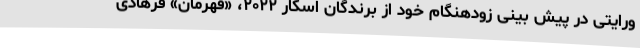
ورایتی در پیش بینی زودهنگام خود از برندگان اسکار ۲۰۲۲، «قهرمان» فرهادی